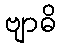
ဗျာဓိ